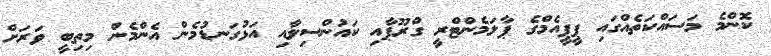
ކޮންމެ މަސަައްކަތެއްގައި ޕީޕީއެމްގެ ޕާލަމެންޓްރީ ގްރޫޕާއި ކައުންސިލާއި އަޅުގަނޑުމެން އެންމެން މިތިބީ ވަރަށް